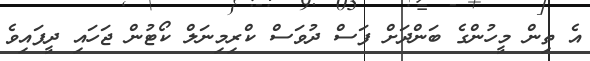
އެ ތިން މީހުންގެ ބަންދަށް ފަސް ދުވަސް ކްރިމިނަލް ކޯޓުން ޖަހައި ދީފައިވެ